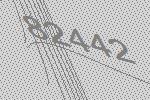
82442